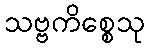
သဗ္ဗကိစ္စေသု